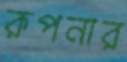
রূপনার